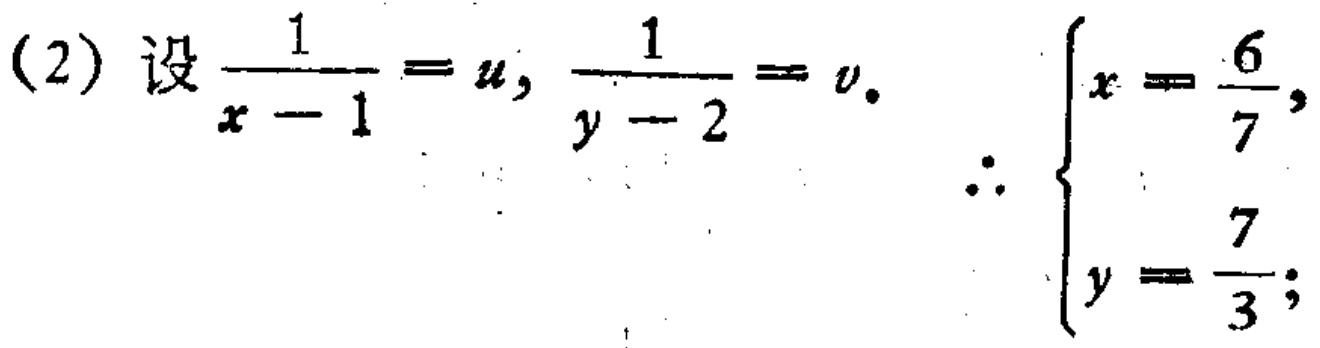
(2) 设$\frac{1}{x - 1} = u$, $\frac{1}{y - 2} = v$. $\therefore \begin{cases}x = \frac{6}{7},\\y = \frac{7}{3};\end{cases}$